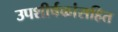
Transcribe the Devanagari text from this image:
उपशीर्षकांसहित